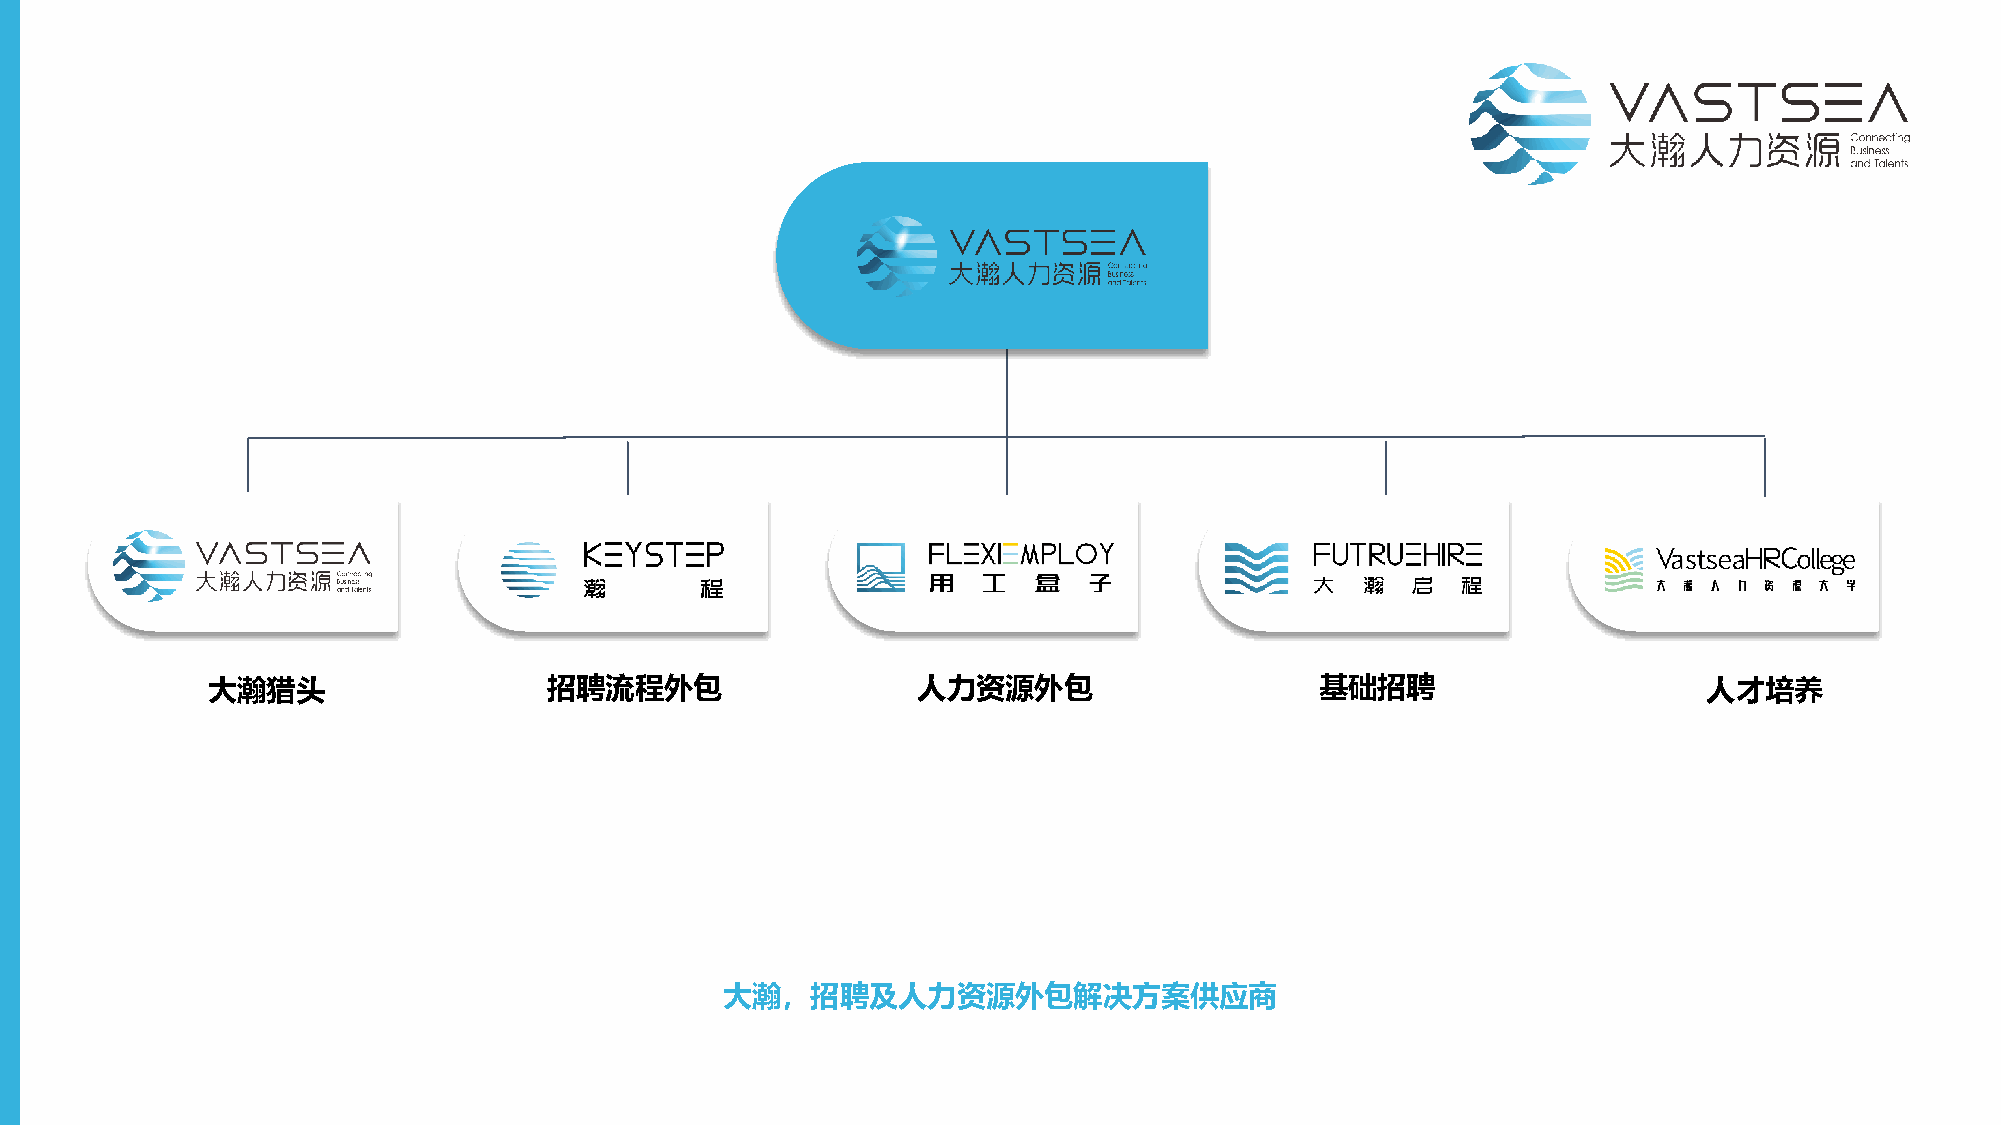
大瀚猎头                  招聘流程外包                   人力资源外包                    基础招聘                      人才培养
 大瀚，招聘及人力资源外包解决方案供应商